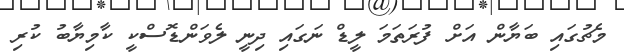
މެޗުގައި ބަޔާން އަށް ފުރަތަމަ ލީޑް ނަގައި ދިނީ ލެވަންޑޮސްކީ ކާމިޔާބު ކުރި